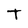
Character: T